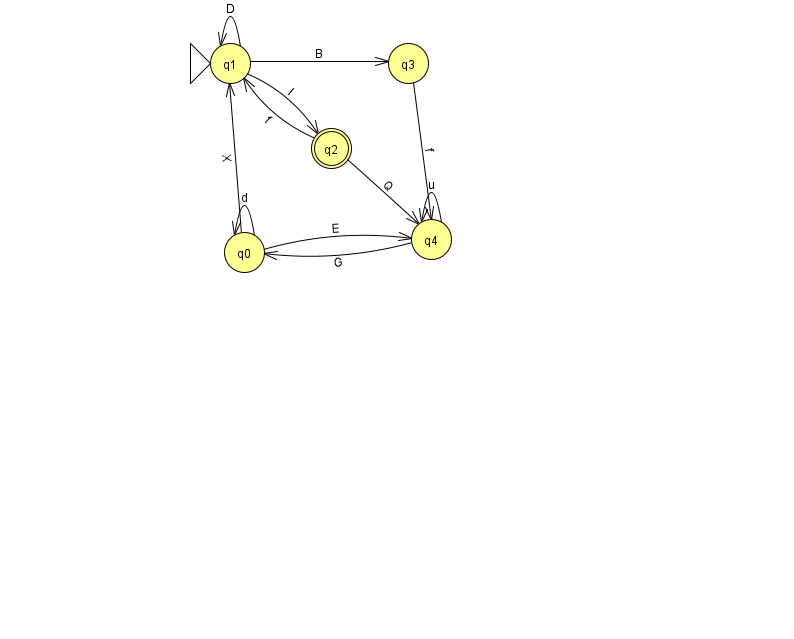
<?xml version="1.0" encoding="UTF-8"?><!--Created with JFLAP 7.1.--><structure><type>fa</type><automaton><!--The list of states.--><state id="0" name="q0"><x>244.0</x><y>239.0</y></state><state id="1" name="q1"><x>230.0</x><y>50.0</y><initial/></state><state id="2" name="q2"><x>331.0</x><y>135.0</y><final/></state><state id="3" name="q3"><x>408.0</x><y>50.0</y></state><state id="4" name="q4"><x>431.0</x><y>226.0</y></state><!--The list of transitions.--><transition><from>1</from><to>3</to><read>B</read></transition><transition><from>4</from><to>0</to><read>G</read></transition><transition><from>0</from><to>4</to><read>E</read></transition><transition><from>1</from><to>2</to><read>l</read></transition><transition><from>0</from><to>0</to><read>d</read></transition><transition><from>1</from><to>1</to><read>D</read></transition><transition><from>4</from><to>4</to><read>u</read></transition><transition><from>3</from><to>4</to><read>f</read></transition><transition><from>2</from><to>1</to><read>f</read></transition><transition><from>0</from><to>1</to><read>X</read></transition><transition><from>2</from><to>4</to><read>Q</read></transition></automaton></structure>